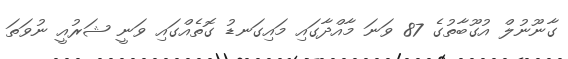
ގާނޫނުލް އުގޫބާތުގެ 87 ވަނަ މާއްދާގައި މައިގަނޑު ގޮތެއްގައި ވަނީ ޝަރުއީ ނުވަތަ